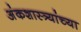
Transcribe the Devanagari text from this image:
अंकशास्त्र्यांच्या